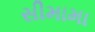
સીમામા